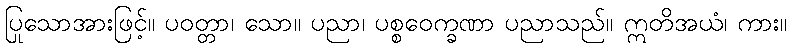
ပြုသောအားဖြင့်။ ပဝတ္တာ၊ သော။ ပညာ၊ ပစ္စဝေက္ခဏာ ပညာသည်။ ဣတိအယံ၊ ကား။